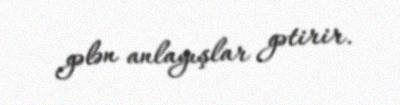
gələn anlayışlar gətirir.